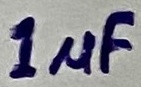
Text: 1µF